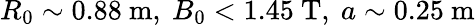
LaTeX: R_{0}\sim 0.88~\mathrm{m},~B_{0}<1.45~\mathrm{T},~a\sim 0.25~\mathrm{m}